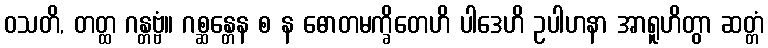
ဝသတိ, တတ္ထ ဂန္တဗ္ဗံ။ ဂစ္ဆန္တေန စ န ဓောတမက္ခိတေဟိ ပါဒေဟိ ဥပါဟနာ အာရူဟိတွာ ဆတ္တံ